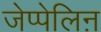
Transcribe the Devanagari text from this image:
जेप्पेलिऩ